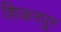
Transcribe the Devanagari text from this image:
शिकरपुर